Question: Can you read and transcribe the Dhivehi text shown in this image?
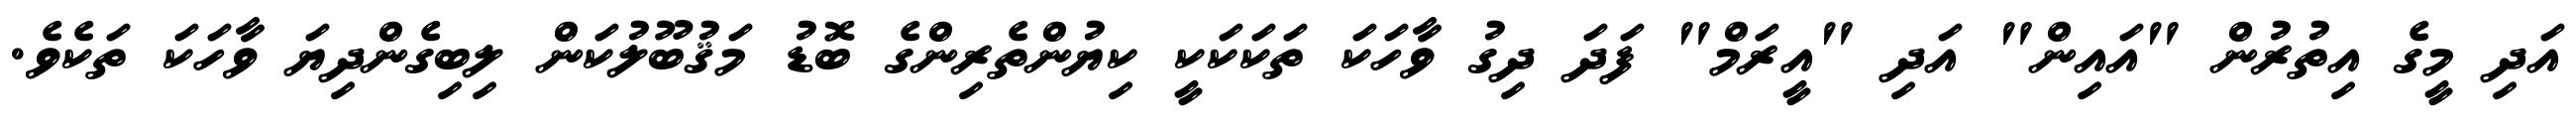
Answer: އަދި މީގެ އިތުރުން "އައިން" އަދި "އީރަމް" ފަދަ ދިގު ވާހަކަ ތަކަކަކީ ކިޔުންތެރިންގެ ބޮޑު މަޤުބޫލުކަން ލިބިގެންދިޔަ ވާހަކަ ތަކެވެ.